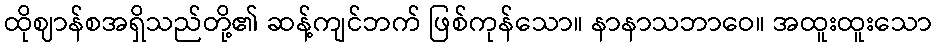
ထိုဈာန်စအရှိသည်တို့၏ ဆန့်ကျင်ဘက် ဖြစ်ကုန်သော။ နာနာသဘာဝေ။ အထူးထူးသော